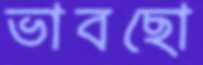
ভাবছো